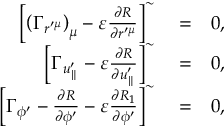
\begin{array} { r l r } { \left[ \left( \Gamma _ { r ^ { \prime \mu } } \right) _ { \mu } - \varepsilon \frac { \partial R } { \partial r ^ { \prime \mu } } \right] ^ { \sim } } & { { } = } & { 0 , } \\ { \left[ \Gamma _ { u _ { \parallel } ^ { \prime } } - \varepsilon \frac { \partial R } { \partial u _ { \parallel } ^ { \prime } } \right] ^ { \sim } } & { { } = } & { 0 , } \\ { \left[ \Gamma _ { \phi ^ { \prime } } - \frac { \partial R } { \partial \phi ^ { \prime } } - \varepsilon \frac { \partial R _ { 1 } } { \partial \phi ^ { \prime } } \right] ^ { \sim } } & { { } = } & { 0 , } \end{array}